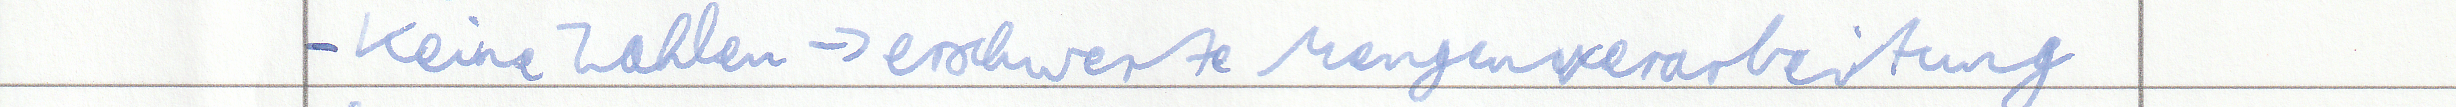
- Keine Zahlen -> erschwerte Mengenverarbeitung